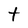
Character: t